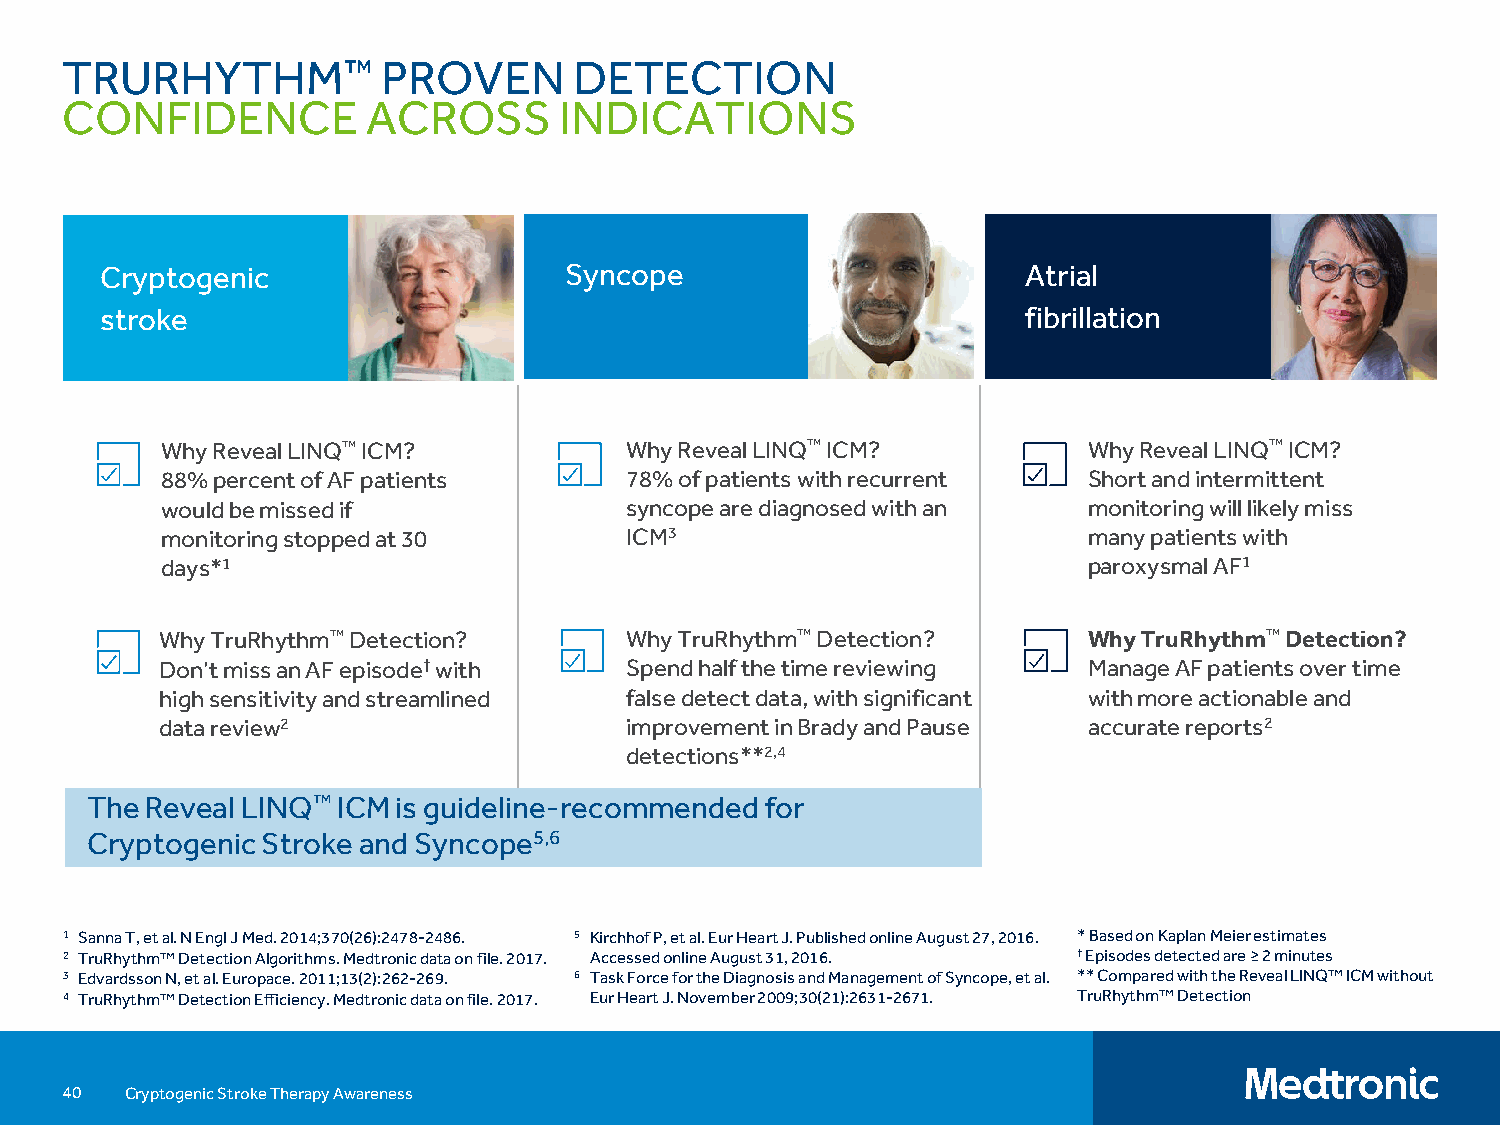
TRURHYTHM™           PROVEN       DETECTION
 CONFIDENCE          ACROSS       INDICATIONS
 Cryptogenic                   Syncope                        Atrial
 stroke                                                       fibrillation
 Why Reveal LINQ™ICM?          Why Reveal LINQ™ICM?           Why Reveal LINQ™ICM?
 88% percent of AF patients    78% of patients with recurrent Short and intermittent
 would be missed if            syncope are diagnosed with an  monitoring will likely miss
 monitoring stopped at 30      ICM3                           many patients with
 days*1                                                       paroxysmal AF1
 Why TruRhythm™Detection?      Why TruRhythm™Detection?       Why TruRhythm™Detection?
 Don’t miss an AF episode†with Spend half the time reviewing  Manage AF patients over time
 high sensitivity and streamlined false detect data, with significant with more actionable and
 data review2                  improvement in Brady and Pause accurate reports2
 detections**2,4
 The Reveal LINQ™ICM is guideline-recommended for
 Cryptogenic Stroke and Syncope5,6
 1 Sanna T, et al. N Engl J Med. 2014;370(26):2478-2486. 5 Kirchhof P, et al. Eur Heart J. Published online August 27, 2016. * Based on Kaplan Meier estimates
 2 TruRhythm™ Detection Algorithms. Medtronic data on file. 2017. Accessed online August 31, 2016. † Episodes detected are ≥ 2 minutes
 3 Edvardsson N, et al. Europace. 2011;13(2):262-269. 6 Task Force for the Diagnosis and Management of Syncope, et al. ** Compared with the Reveal LINQ™ ICM without
 4 TruRhythm™ Detection Efficiency. Medtronic data on file. 2017. Eur Heart J. November 2009;30(21):2631-2671. TruRhythm™ Detection
 40  Cryptogenic Stroke Therapy Awareness